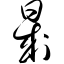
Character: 晟